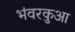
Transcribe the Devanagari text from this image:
भंवरकुआ